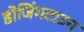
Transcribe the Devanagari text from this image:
डोजिंगटाउन